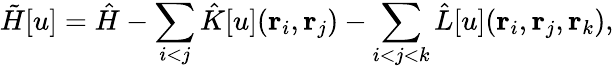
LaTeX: \tilde{H}[u]=\hat{H}-\sum_{i<j}\hat{K}[u]({\mathbf{r}_{i}},{\mathbf{r}_{j}})-\sum_{i<j<k}\hat{L}[u]({\mathbf{r}_{i}},{\mathbf{r}_{j}},{\mathbf{r}_{k}}),